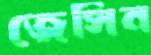
জেসিন